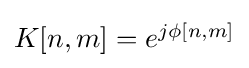
{\textstyle K[n,m]=e^{j\phi [n,m]}}